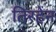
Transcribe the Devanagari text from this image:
तिरहेन